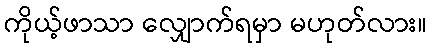
ကိုယ့်ဖာသာ လျှောက်ရမှာ မဟုတ်လား။